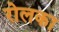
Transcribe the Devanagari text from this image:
रोलका